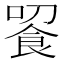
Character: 䬭